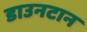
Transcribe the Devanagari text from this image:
डाउनटान